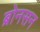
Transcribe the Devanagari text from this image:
ब्रोनसन